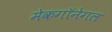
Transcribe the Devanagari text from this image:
मेकगॉनेगल